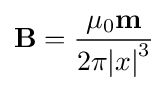
\mathbf {B} ={\frac {\mu _{0}\mathbf {m} }{2\pi {|x|}^{3}}}